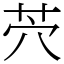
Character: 茓